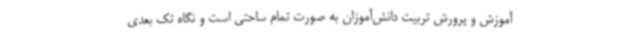
آموزش و پرورش تربیت دانش‌آموزان به صورت تمام ساحتی است و نگاه تک بعدی